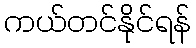
ကယ်တင်နိုင်ရန်